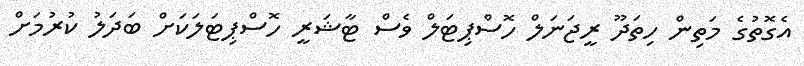
އެގޮތުގެ މަތިން ހިތަދޫ ރީޖަނަލް ހޮސްޕިޓަލް ވެސް ޓާޝަރީ ހޮސްޕިޓަލަކަށް ބަދަލު ކުރުމަށް